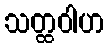
သတ္ထဝါဟ